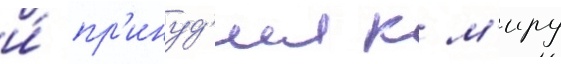
и́ пр'инуд'ил к м'иру